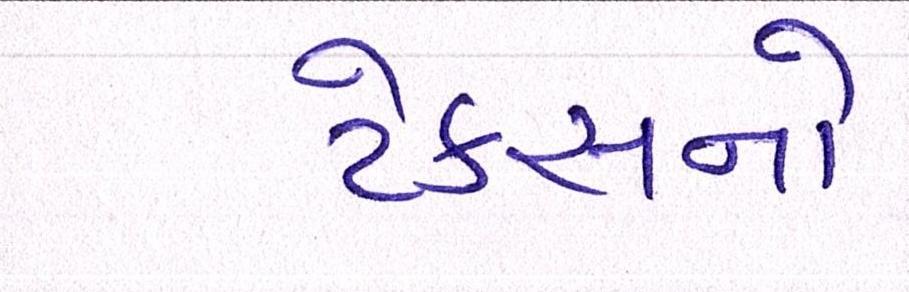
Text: ટેકસનો